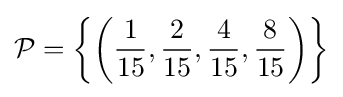
{\mathcal {P}}=\left\{\left({\frac {1}{15}},{\frac {2}{15}},{\frac {4}{15}},{\frac {8}{15}}\right)\right\rbrace